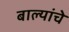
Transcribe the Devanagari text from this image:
बाल्यांचे